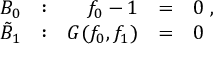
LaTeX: \begin{array} { r r r l l } { { { \cal B } _ { 0 } } } & { { : } } & { { f _ { 0 } - 1 } } & { { = } } & { { 0 \; , } } \\ { { \tilde { \cal B } _ { 1 } } } & { { : } } & { { G ( f _ { 0 } , f _ { 1 } ) } } & { { = } } & { { 0 } } \end{array}